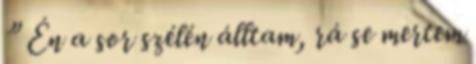
” Én a sor szélén álltam, rá se mertem